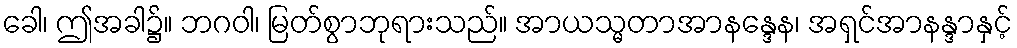
ခေါ၊ ဤအခါ၌။ ဘဂဝါ၊ မြတ်စွာဘုရားသည်။ အာယသ္မတာအာနန္ဒေန၊ အရှင်အာနန္ဒာနှင့်